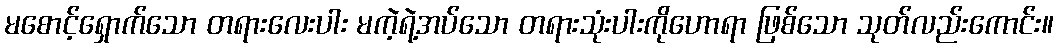
မစောင့်ရှောက်သော တရားလေးပါး မကဲ့ရဲ့အပ်သော တရားသုံးပါးကိုဟောရာ ဖြစ်သော သုတ်လည်းကောင်း။